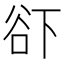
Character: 𱍜